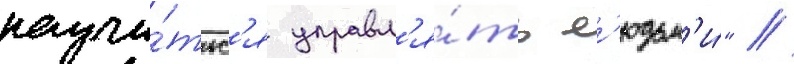
научи́тьс'я управл'я́ть л'юдьм'и́" //